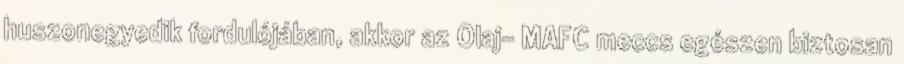
huszonegyedik fordulójában, akkor az Olaj- MAFC meccs egészen biztosan